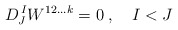
\begin{align*} D^{\,I}_J W^{12\ldots k} = 0\;, \quad I<J\end{align*}